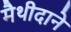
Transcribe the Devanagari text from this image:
मैथीदाने